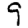
Digit: 9